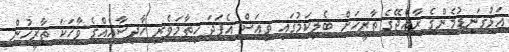
އަޅުގަނޑުމެންގެ ރާއްޖޭގެ ތާރީހަށް ބެލިކަމުގައި ވިއަސް އެފަދަ ހިތާމަވެރި ހާދިސާއެއްގެ ވާހަކަ ތާރީހުން